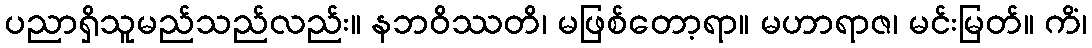
ပညာရှိသူမည်သည်လည်း။ နဘဝိဿတိ၊ မဖြစ်တော့ရာ။ မဟာရာဇ၊ မင်းမြတ်။ ကိံ၊